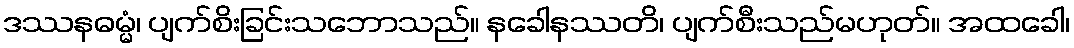
ဒဿနဓမ္မံ၊ ပျက်စိးခြင်းသဘောသည်။ နခေါနဿတိ၊ ပျက်စီးသည်မဟုတ်။ အထခေါ၊